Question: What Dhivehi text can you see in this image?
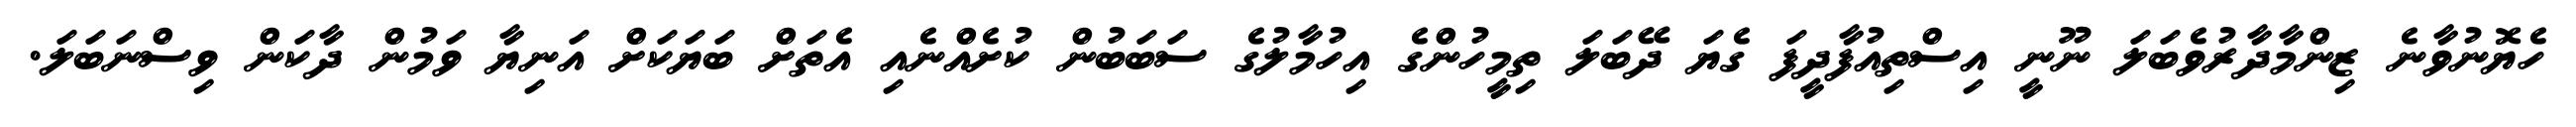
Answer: ހެޔޮނުވާނެ ޒިންމާދާރުވެބަލަ ނޫނީ އިސްތިއުފާދީފަ ގެޔަ ދޭބަލަ ތިމީހުންގެ އިހުމާލުގެ ސަބަބުން ކުށެއްނެއި އެތަށް ބަޔަކަށް އަނިޔާ ވަމުން ދާކަން ވިސްނަބަލަ.